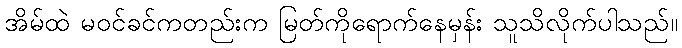
အိမ်ထဲ မဝင်ခင်ကတည်းက မြတ်ကိုရောက်နေမှန်း သူသိလိုက်ပါသည်။